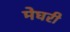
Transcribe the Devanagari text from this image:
मेघरी